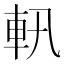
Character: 軐